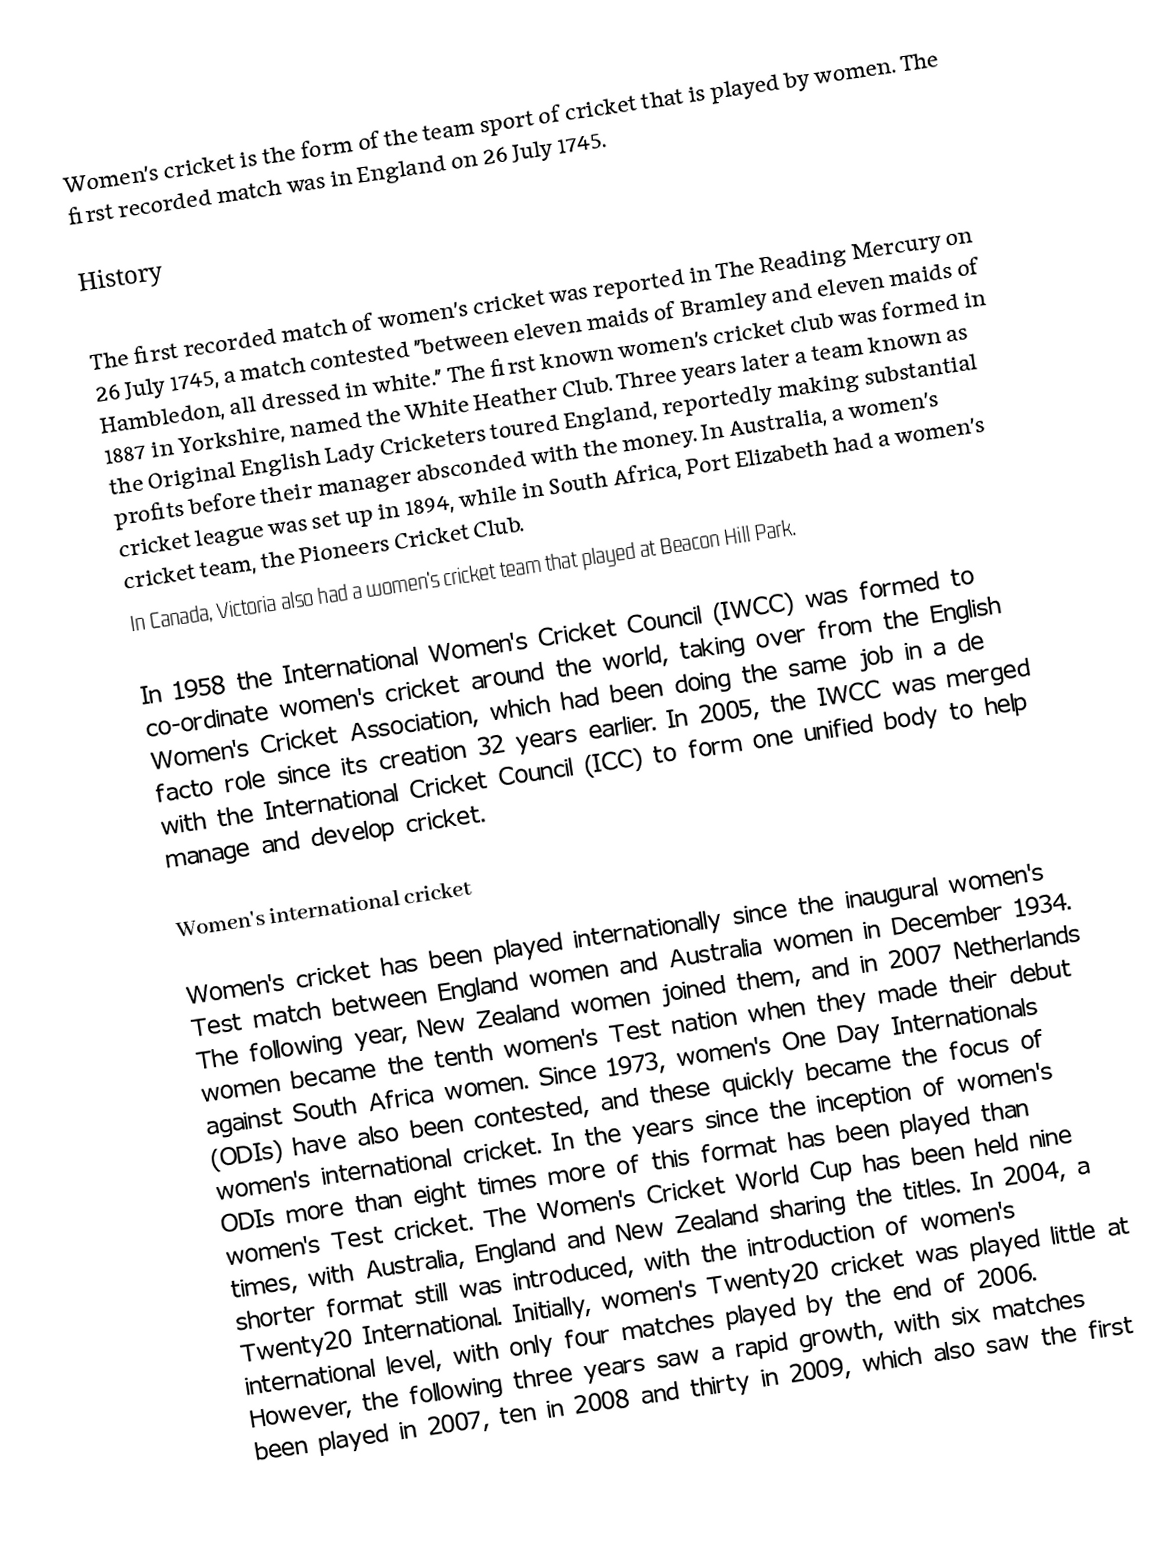
Women's cricket is the form of the team sport of cricket that is played by women. The first recorded match was in England on 26 July 1745.

History

The first recorded match of women's cricket was reported in The Reading Mercury on 26 July 1745, a match contested "between eleven maids of Bramley and eleven maids of Hambledon, all dressed in white."  The first known women's cricket club was formed in 1887 in Yorkshire, named the White Heather Club.  Three years later a team known as the Original English Lady Cricketers toured England, reportedly making substantial profits before their manager absconded with the money. In Australia, a women's cricket league was set up in 1894, while in South Africa, Port Elizabeth had a women's cricket team, the Pioneers Cricket Club.
In Canada, Victoria also had a women's cricket team that played at Beacon Hill Park.

In 1958 the International Women's Cricket Council (IWCC) was formed to co-ordinate women's cricket around the world, taking over from the English Women's Cricket Association, which had been doing the same job in a de facto role since its creation 32 years earlier.  In 2005, the IWCC was merged with the International Cricket Council (ICC) to form one unified body to help manage and develop cricket.

Women's international cricket

Women's cricket has been played internationally since the inaugural women's Test match between England women and Australia women in December 1934.  The following year, New Zealand women joined them, and in 2007 Netherlands women became the tenth women's Test nation when they made their debut against South Africa women.  Since 1973, women's One Day Internationals (ODIs) have also been contested, and these quickly became the focus of women's international cricket.  In the years since the inception of women's ODIs more than eight times more of this format has been played than women's Test cricket.  The Women's Cricket World Cup has been held nine times, with Australia, England and New Zealand sharing the titles.  In 2004, a shorter format still was introduced, with the introduction of women's Twenty20 International.  Initially, women's Twenty20 cricket was played little at international level, with only four matches played by the end of 2006.  However, the following three years saw a rapid growth, with six matches been played in 2007, ten in 2008 and thirty in 2009, which also saw the first